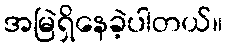
အမြဲရှိနေခဲ့ပါတယ်။